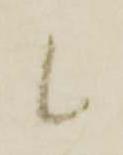
候